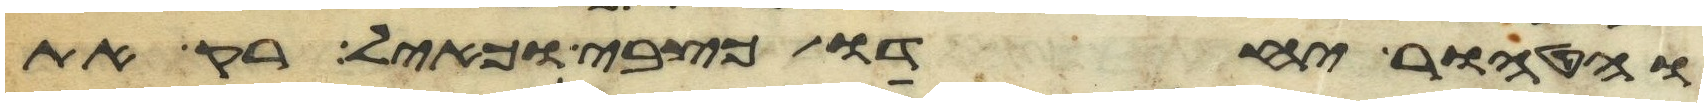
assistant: והטהור יחדו כצבי וכאיל רק את